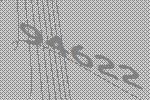
94622